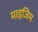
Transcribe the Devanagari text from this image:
माइजिम